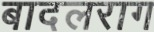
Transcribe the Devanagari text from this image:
बादलराग